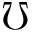
\mho